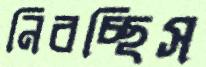
নিবচ্ছিস